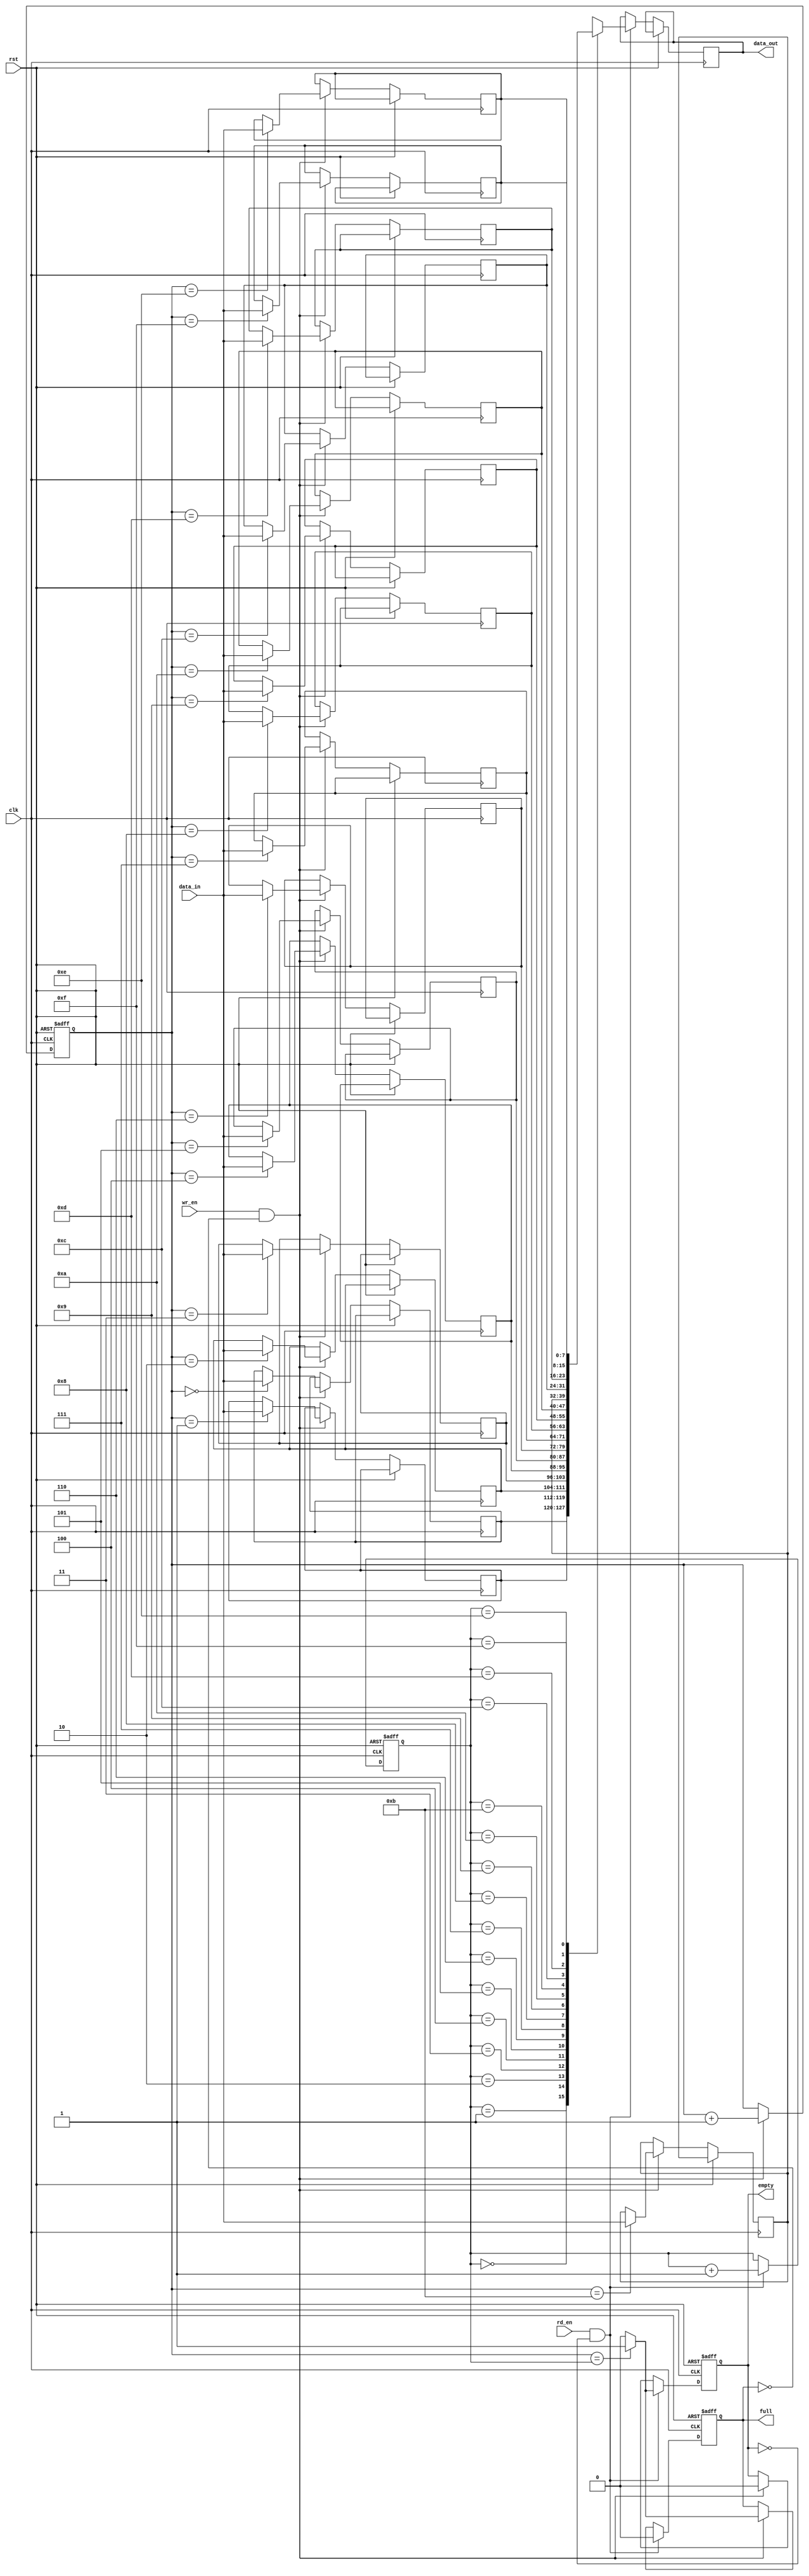
module async_fifo (
  input wire clk,
  input wire rst,
  input wire wr_en,
  input wire rd_en,
  input wire [7:0] data_in,
  output reg [7:0] data_out,
  output reg full,
  output reg empty
);

reg [7:0] fifo [15:0]; // FIFO buffer with 16 locations
reg [3:0] wr_ptr = 4'b0000; // write pointer initialized to 0
reg [3:0] rd_ptr = 4'b0000; // read pointer initialized to 0

always @(posedge clk or posedge rst) begin
  if (rst) begin
    wr_ptr <= 4'b0000; // reset write pointer
    rd_ptr <= 4'b0000; // reset read pointer
    full <= 1'b0; // FIFO is empty
    empty <= 1'b1; // FIFO is full
  end else begin
    if (wr_en && !full) begin
      fifo[wr_ptr] <= data_in; // write data into FIFO
      wr_ptr <= wr_ptr + 1; // increment write pointer
      full <= (wr_ptr == rd_ptr) ? 1'b1 : 1'b0; // check if FIFO is full
      empty <= 1'b0; // FIFO is not empty
    end
    if (rd_en && !empty) begin
      data_out <= fifo[rd_ptr]; // read data from FIFO
      rd_ptr <= rd_ptr + 1; // increment read pointer
      full <= 1'b0; // FIFO is not full
      empty <= (wr_ptr == rd_ptr) ? 1'b1 : 1'b0; // check if FIFO is empty
    end
  end
end

endmodule